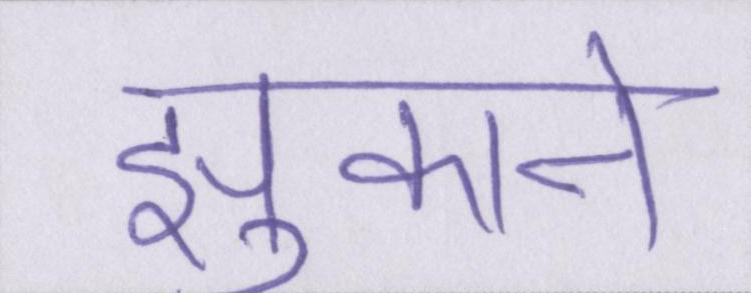
झुकाने